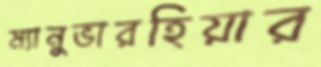
ম্যানুভারহিয়ার